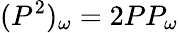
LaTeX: (P^{2})_{\omega}=2PP_{\omega}